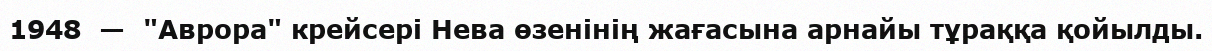
1948  —  "Аврора" крейсері Нева өзенінің жағасына арнайы тұраққа қойылды.